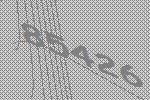
85426